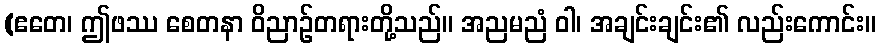
(ဧတေ၊ ဤဖဿ စေတနာ ဝိညာဉ်တရားတို့သည်။ အညမညံ ဝါ၊ အချင်းချင်း၏ လည်းကောင်း။